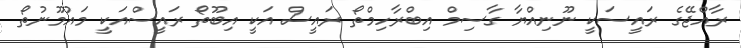
ރާއްޖޭގެ ރައީސަކީ ނޫނިއްޔާ ގާސިމް އިބްރާހިމްތޯ ރައީސް އަކީ އިބޫތޯ ރައީސްއަކީ މައުމޫނުތޯ